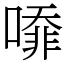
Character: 㗺